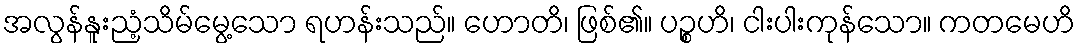
အလွန်နူးညံ့သိမ်မွေ့သော ရဟန်းသည်။ ဟောတိ၊ ဖြစ်၏။ ပဉ္စဟိ၊ ငါးပါးကုန်သော။ ကတမေဟိ